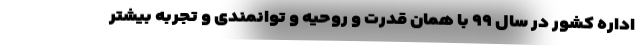
اداره کشور در سال ۹۹ با همان قدرت و روحیه و توانمندی و تجربه بیشتر